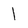
Character: I